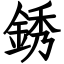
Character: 銹